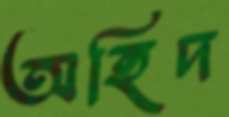
অহিদ